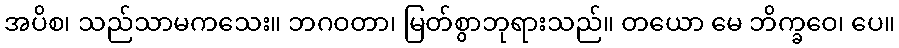
အပိစ၊ သည်သာမကသေး။ ဘဂဝတာ၊ မြတ်စွာဘုရားသည်။ တယော မေ ဘိက္ခဝေ၊ ပေ။